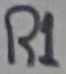
Text: R1